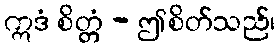
ဣဒံ စိတ္တံ - ဤစိတ်သည်၊